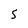
Character: 5